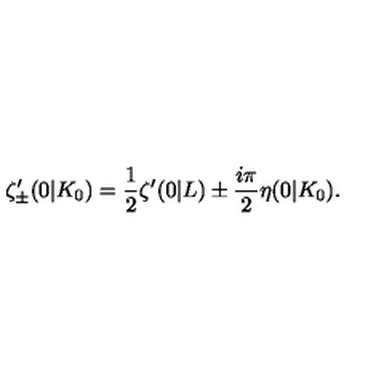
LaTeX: \zeta _ { \pm } ^ { \prime } ( 0 | K _ { 0 } ) = \frac { 1 } { 2 } \zeta ^ { \prime } ( 0 | L ) \pm \frac { i \pi } { 2 } \eta ( 0 | K _ { 0 } ) .